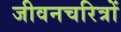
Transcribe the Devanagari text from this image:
जीवनचरित्रों